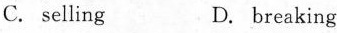
C. selling D. Breaking